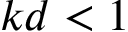
k d < 1